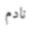
نادم